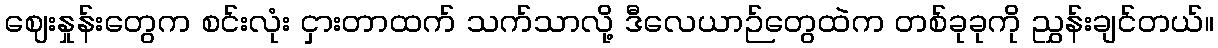
ဈေးနှုန်းတွေက စင်းလုံး ငှားတာထက် သက်သာလို့ ဒီလေယာဉ်တွေထဲက တစ်ခုခုကို ညွှန်းချင်တယ်။